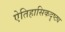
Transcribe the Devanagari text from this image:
ऐतिहासिकदृष्ट्य